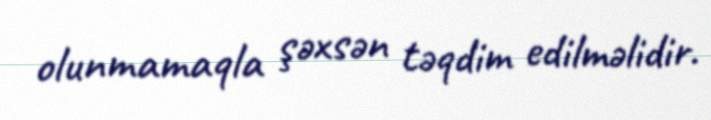
olunmamaqla şəxsən təqdim edilməlidir.